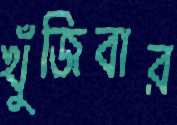
খুঁজিবার